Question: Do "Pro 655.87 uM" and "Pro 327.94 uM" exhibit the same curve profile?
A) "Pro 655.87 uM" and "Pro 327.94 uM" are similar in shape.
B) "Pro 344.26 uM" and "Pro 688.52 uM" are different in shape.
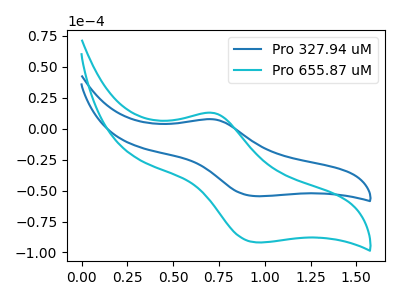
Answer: <think>The blue curve "Pro 327.94 uM" has an anodic peak at (0.70V, 7.50uA) and a cathodic peak at (0.95V, -54.55uA). The cyan curve "Pro 655.87 uM" has an anodic peak at (0.70V, 12.65uA) and a cathodic peak at (0.95V, -91.85uA).
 All the peaks in "Pro 655.87 uM" have a peak in "Pro 327.94 uM" at the same potential. Every peak in "Pro 655.87 uM" is higher than every peak in "Pro 327.94 uM".</think>
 <answer>A) "Pro 655.87 uM" and "Pro 327.94 uM" are similar in shape.</answer>
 <eval>A</eval>